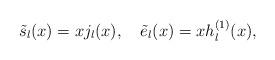
LaTeX: \begin{align*}\tilde s_l(x)=x j_l(x),\quad \tilde e_l(x)=xh_l^{(1)}(x),\end{align*}